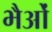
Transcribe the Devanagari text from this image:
भैओं